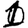
Digit: 1